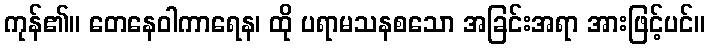
ကုန်၏။ တေနေဝါကာရေန၊ ထို ပရာမသနစသော အခြင်းအရာ အားဖြင့်ပင်။